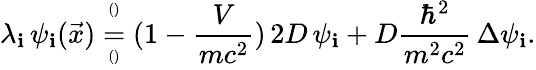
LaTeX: \lambda_{\mathbf{i}}\, \psi_{\mathbf{i}}(\vec{{x}})\overset{^{()}}{\underset{^{()}}{=}}(1-\frac{{V}}{{mc^{2}}})\, 2D\, \psi_{\mathbf{i}}+D\frac{{\hbar^{2}}}{{m^{2}c^{2}}}\, \Delta\psi_{\mathbf{i}}.